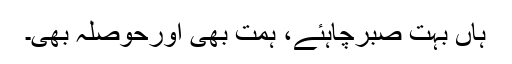
ہاں بہت صبرچاہئے، ہمت بھی اورحوصلہ بھی۔